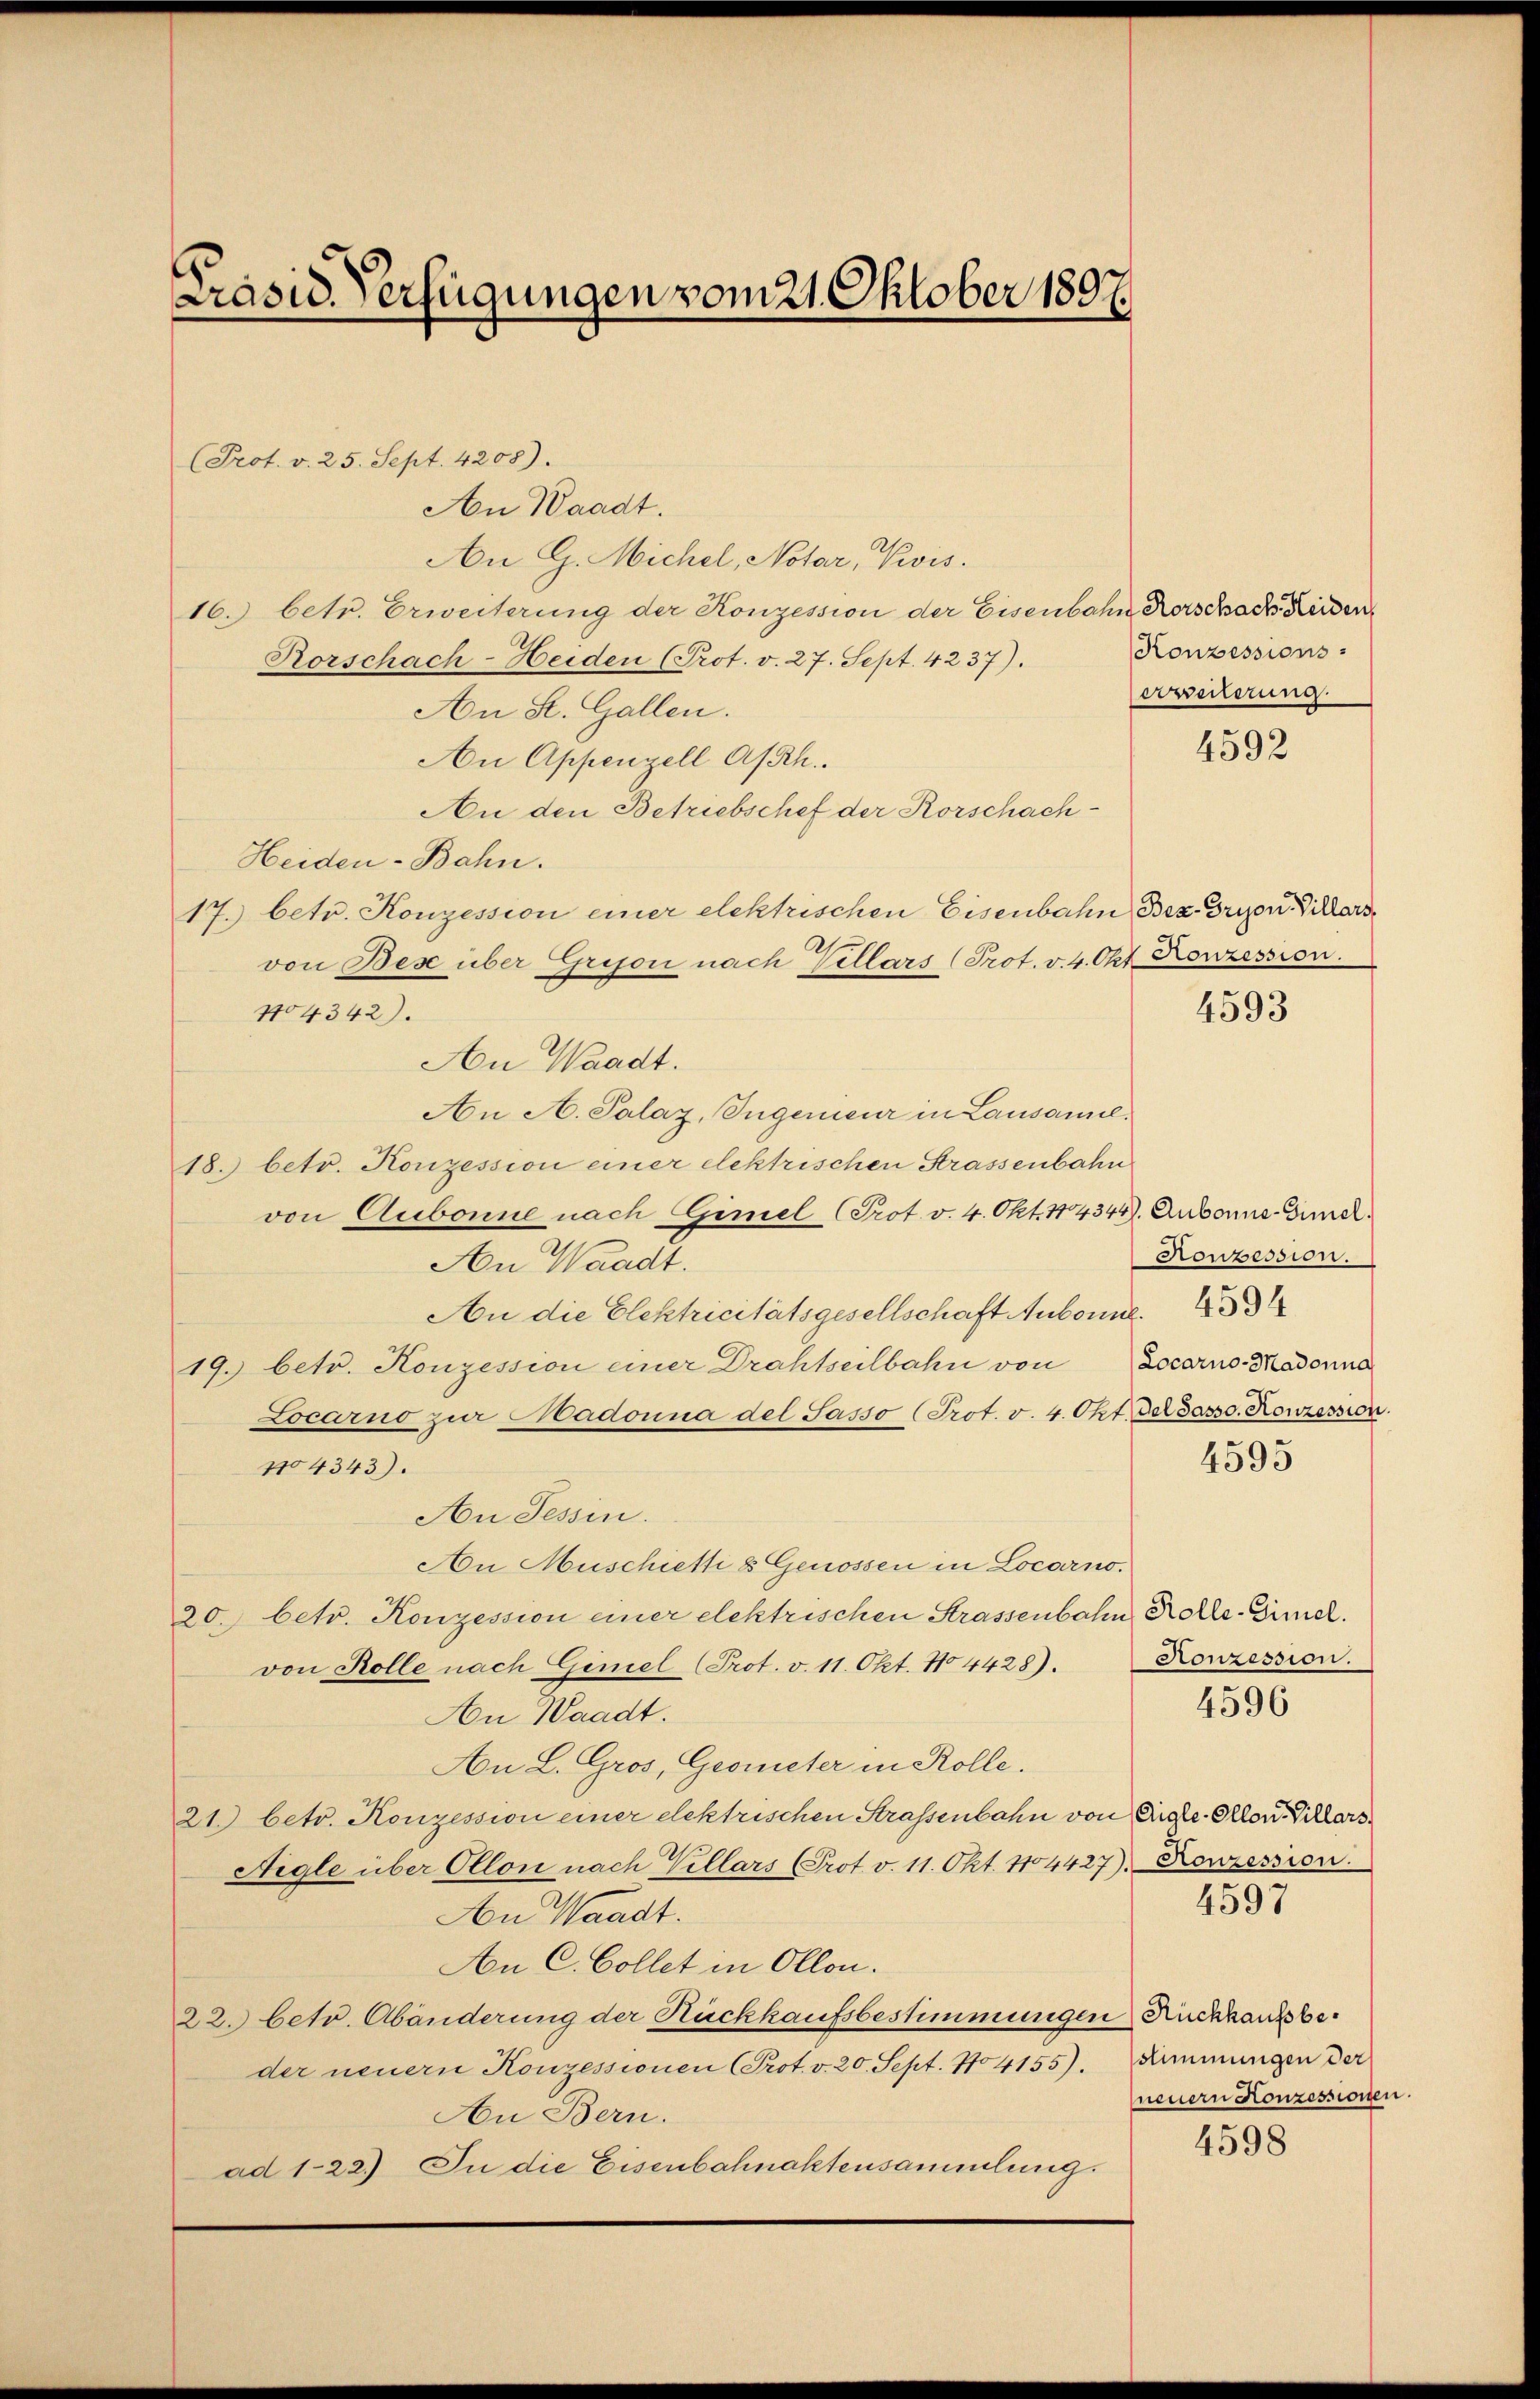
Präsid. Verfügungen vom 21. Oktober 1897.

Prot. v. 25. Sept. 4208).
An Waadt.
An G. Michel, Notar, Kivis.
16.) betr. Erweiterung der Konzession der Eisenbahn Rorschach Heiden
Rorschach-Heiden (Prot. v. 27. Sept. 4237).
An St. Gallen.
An Appenzell A/Rh.
An den Betriebschef der Rorschach¬
Heiden-Bahn.
17. betr. Konzession einer elektrischen Eisenbahn Bez. Grizon Villars
von Bese über Grison nach Villars (Prot. v. 4. Okt. Konzession.
1104342).
An Waadt.
An A. Palaz, Ingenieur in Lausame.
18. betr. Konzession einer elektrischen Strassenbahn
von Aubonne nach Gimel (Prot. v. 4. Okt. 14344). Aubons-Ger.
An Waadt.
An die Elektricitätsgesellschaft Aubonne.
19. betr. Konzession einer Drahtseilbahn von Locarno-Madonna
Locarno zur Hadonna del Sasso (Prot. v. 4. Okt. de Jass. Konzession.
4595
104343).
An Tessin.
An Muschicki & Genossen in Locarno.
20. betr. Konzession einer elektrischen Strassenbahn Kolle-Gimel.
von Rolle nach Gimel (Prot. v. 11. Okt. No 4428). Konzession.
4596
An Waadt.
An L. Gros, Geometer in Rolle.
21.) betr. Konzession einer elektrischen Strassenbahn von Aigle-Orlon Villars¬
Aigle über Ollon nach Kellars (Prot. v. 11. Okt. 1104427). Konzession.
4597
An Waadt.
An C. Collet in Ollon.
22. betr. Abänderung der Rückkaufsbestimmungen Rückkaufsbeder neuern Konzessionen (Prot. v. 20. Sept. 104155). Nimmungen der
neuern Konzessione
An Bern.
4598
ad 1-22.) In die Eisenbahnaktensammlung.

Konzessions-
erweiterung.

4592

4593

Konzession.

n.